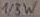
Text: 1/8W